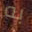
به